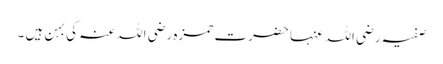
صفیہ رضی اللہ عنہا حضرت حمزہ رضی اللہ عنہ کی بہن ہیں ۔